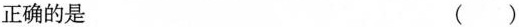
正确的是 ()